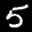
Label: 5